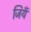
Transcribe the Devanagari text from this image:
जियँ